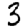
Digit: 3